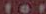
for